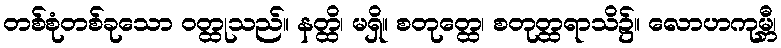
တစ်စုံတစ်ခုသော ဝတ္ထုသည်။ နတ္ထိ၊ မရှိ။ စတုတ္ထေ၊ စတုတ္ထရာသိ၌။ လောဟကုမ္ဘီ၊